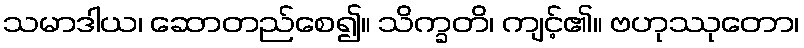
သမာဒါယ၊ ဆောတည်စေ၍။ သိက္ခတိ၊ ကျင့်၏။ ဗဟုဿုတော၊